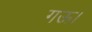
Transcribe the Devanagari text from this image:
गऊ।